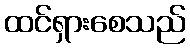
ထင်ရှားစေသည်